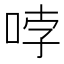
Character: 哱